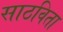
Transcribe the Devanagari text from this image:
साठविता